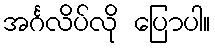
အင်္ဂလိပ်လို ပြောပါ။